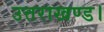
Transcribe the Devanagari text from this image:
उत्तराखण्ड।